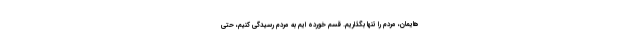
هایمان، مردم را تنها بگذاریم. قسم خورده ایم به مردم رسیدگی کنیم، حتی